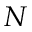
N